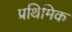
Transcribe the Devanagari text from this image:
प्रथिमिक